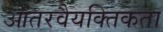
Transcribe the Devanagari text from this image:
आंतरवैयक्तिकता